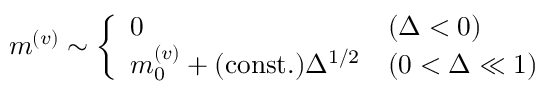
m ^ { ( v ) } \sim \left\{ \begin{array} { l l } { 0 } & { ( \Delta < 0 ) } \\ { m _ { 0 } ^ { ( v ) } + ( \mathrm { c o n s t . } ) \Delta ^ { 1 / 2 } } & { ( 0 < \Delta \ll 1 ) } \end{array} \right.